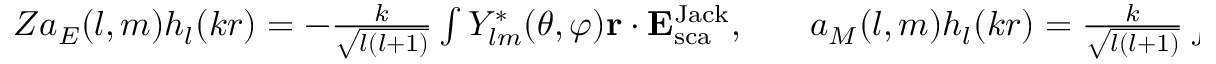
\begin{array} { r l r } { Z a _ { E } ( l , m ) h _ { l } ( k r ) = - \frac { k } { \sqrt { l ( l + 1 ) } } \int Y _ { l m } ^ { * } ( \theta , \varphi ) { \bf r } \cdot { \bf E } _ { \mathrm { { s c a } } } ^ { \mathrm { { J a c k } } } , } & { { } } & { a _ { M } ( l , m ) h _ { l } ( k r ) = \frac { k } { \sqrt { l ( l + 1 ) } } \int Y _ { l m } ^ { * } ( \theta , \varphi ) { \bf r } \cdot { \bf H } _ { \mathrm { { s c a } } } ^ { \mathrm { { J a c k } } } . } \end{array}